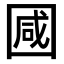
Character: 𭍩